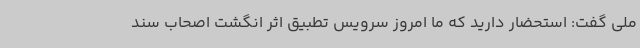
ملی گفت: استحضار دارید که ما امروز سرویس تطبیق اثر انگشت اصحاب سند